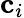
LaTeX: \textbf{c}_{i}